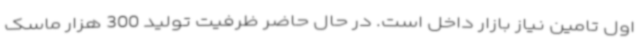
اول تامین نیاز بازار داخل است. در حال حاضر ظرفیت تولید 300 هزار ماسک